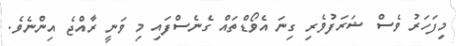
މިފަހަރު ވެސް ޝަރަފުވެރި ގިނަ އެވޯޑްތައް ގެނެސްފައި މި ވަނީ ރާއްޖެ އިންނެވެ.